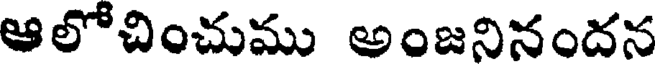
ఆలోచించుము అంజనినందన